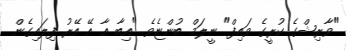
"ވާރިޝްގެ ކުރީގެ ވައިފް" ނީލަމް ބުންޏެވެ. "އިބާ އާ އޭ އޭރު ފިލައިގެން